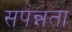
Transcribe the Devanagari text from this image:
सपंन्नता